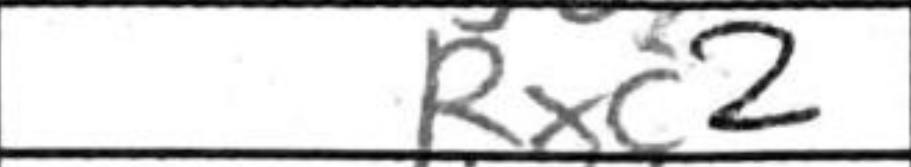
Transcription: Rxc2